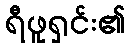
ရီဖူရှင်း၏